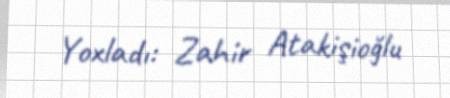
Yoxladı: Zahir Atakişioğlu